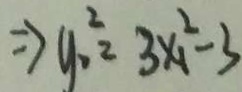
\Rightarrow y _ { 1 } ^ { 2 } = 3 x _ { 1 } ^ { 2 } - 3